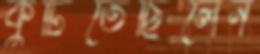
কুটিতেছিলেন